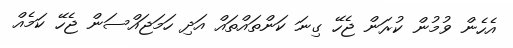
އެހެން ވުމުން ކުރަން ޖެހޭ ގިނަ ކަންތައްތައް އަދި ހަމަޖައްސަން ޖެހޭ ކަމެއް